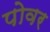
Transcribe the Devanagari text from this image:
पोवर